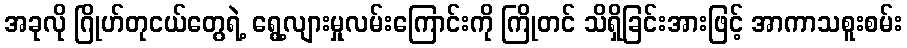
အခုလို ဂြိုဟ်တုငယ်တွေရဲ့ ရွေ့လျားမှုလမ်းကြောင်းကို ကြိုတင် သိရှိခြင်းအားဖြင့် အာကာသစူးစမ်း